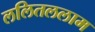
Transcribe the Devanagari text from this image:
ललितललाम